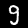
Label: 3